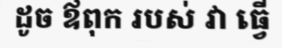
ដូច ឪពុក របស់ វា ធ្វើ